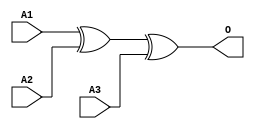
module MJXOR3A(A1, A2, A3, O);
input   A1;
input   A2;
input   A3;
output  O;
xor g0(O, A1, A2, A3);
endmodule